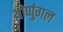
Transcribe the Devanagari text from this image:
थीर्प्पुगल